Civil Veterinary Department Bihar reports 1936-40 - 1936-1940
Year: 1936
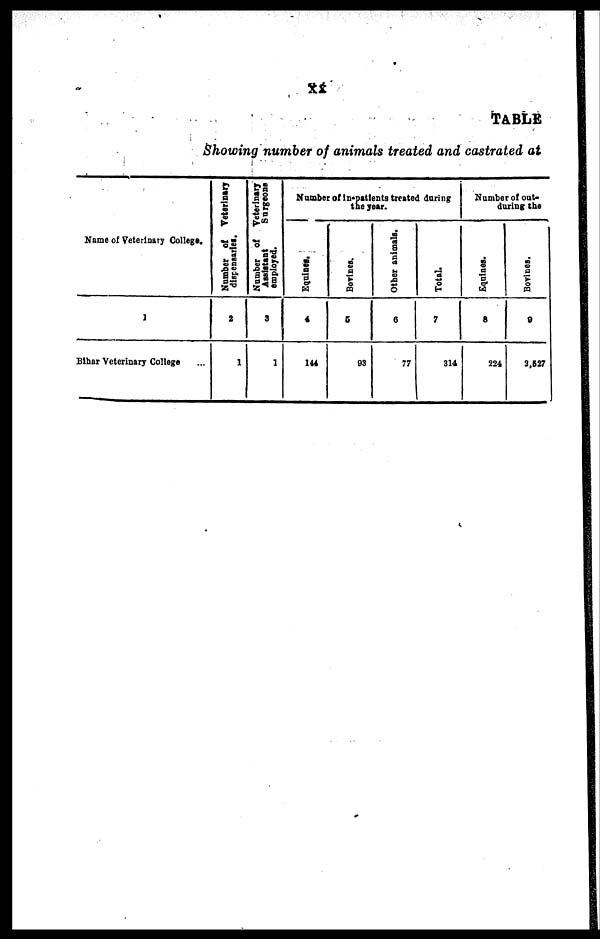
XX
TABLE
Showing number of animals treated and castrated at
Name of Veterinary College.
1
Bihar Veterinary College ...
Number of
Veterinary
dispensaries.
2
1
Number of Veterinary
Assistant
Surgeons
employed.
3
1
Number of in-patients treated during
the year.
Equines.
4
144
Bovines.
5
93
Other animals.
6
77
Total.
7
314
Number of out-
during the
Equines.
8
224
Bovines.
9
2,627